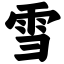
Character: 雪